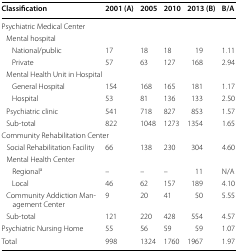
<table><thead><tr><td><b>Classification</b></td><td><b>2001 (A)</b></td><td><b>2005</b></td><td><b>2010</b></td><td><b>2013 (B)</b></td><td><b>B/A</b></td></tr></thead><tbody><tr><td colspan="6">Psychiatric Medical Center</td></tr><tr><td colspan="6"> Mental hospital</td></tr><tr><td>National/public</td><td>17</td><td>18</td><td>18</td><td>19</td><td>1.11</td></tr><tr><td>Private</td><td>57</td><td>63</td><td>127</td><td>168</td><td>2.94</td></tr><tr><td colspan="6"> Mental Health Unit in Hospital</td></tr><tr><td>General Hospital</td><td>154</td><td>168</td><td>165</td><td>181</td><td>1.17</td></tr><tr><td>Hospital</td><td>53</td><td>81</td><td>136</td><td>133</td><td>2.50</td></tr><tr><td> Psychiatric clinic</td><td>541</td><td>718</td><td>827</td><td>853</td><td>1.57</td></tr><tr><td> Sub-total</td><td>822</td><td>1048</td><td>1273</td><td>1354</td><td>1.65</td></tr><tr><td colspan="6">Community Rehabilitation Center</td></tr><tr><td> Social Rehabilitation Facility</td><td>66</td><td>138</td><td>230</td><td>304</td><td>4.60</td></tr><tr><td colspan="6"> Mental Health Center</td></tr><tr><td>Regional<sup>a</sup></td><td>–</td><td>–</td><td>–</td><td>11</td><td>N/A</td></tr><tr><td>Local</td><td>46</td><td>62</td><td>157</td><td>189</td><td>4.10</td></tr><tr><td> Community Addiction Management Center</td><td>9</td><td>20</td><td>41</td><td>50</td><td>5.55</td></tr><tr><td> Sub-total</td><td>121</td><td>220</td><td>428</td><td>554</td><td>4.57</td></tr><tr><td>Psychiatric Nursing Home</td><td>55</td><td>56</td><td>59</td><td>59</td><td>1.07</td></tr><tr><td>Total</td><td>998</td><td>1324</td><td>1760</td><td>1967</td><td>1.97</td></tr></tbody></table>